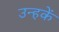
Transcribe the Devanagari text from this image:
उन्हकें